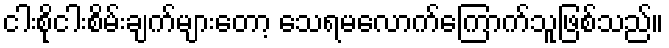
ငါးစိုငါးစိမ်းချက်များတော့ သေရမလောက်ကြောက်သူဖြစ်သည်။